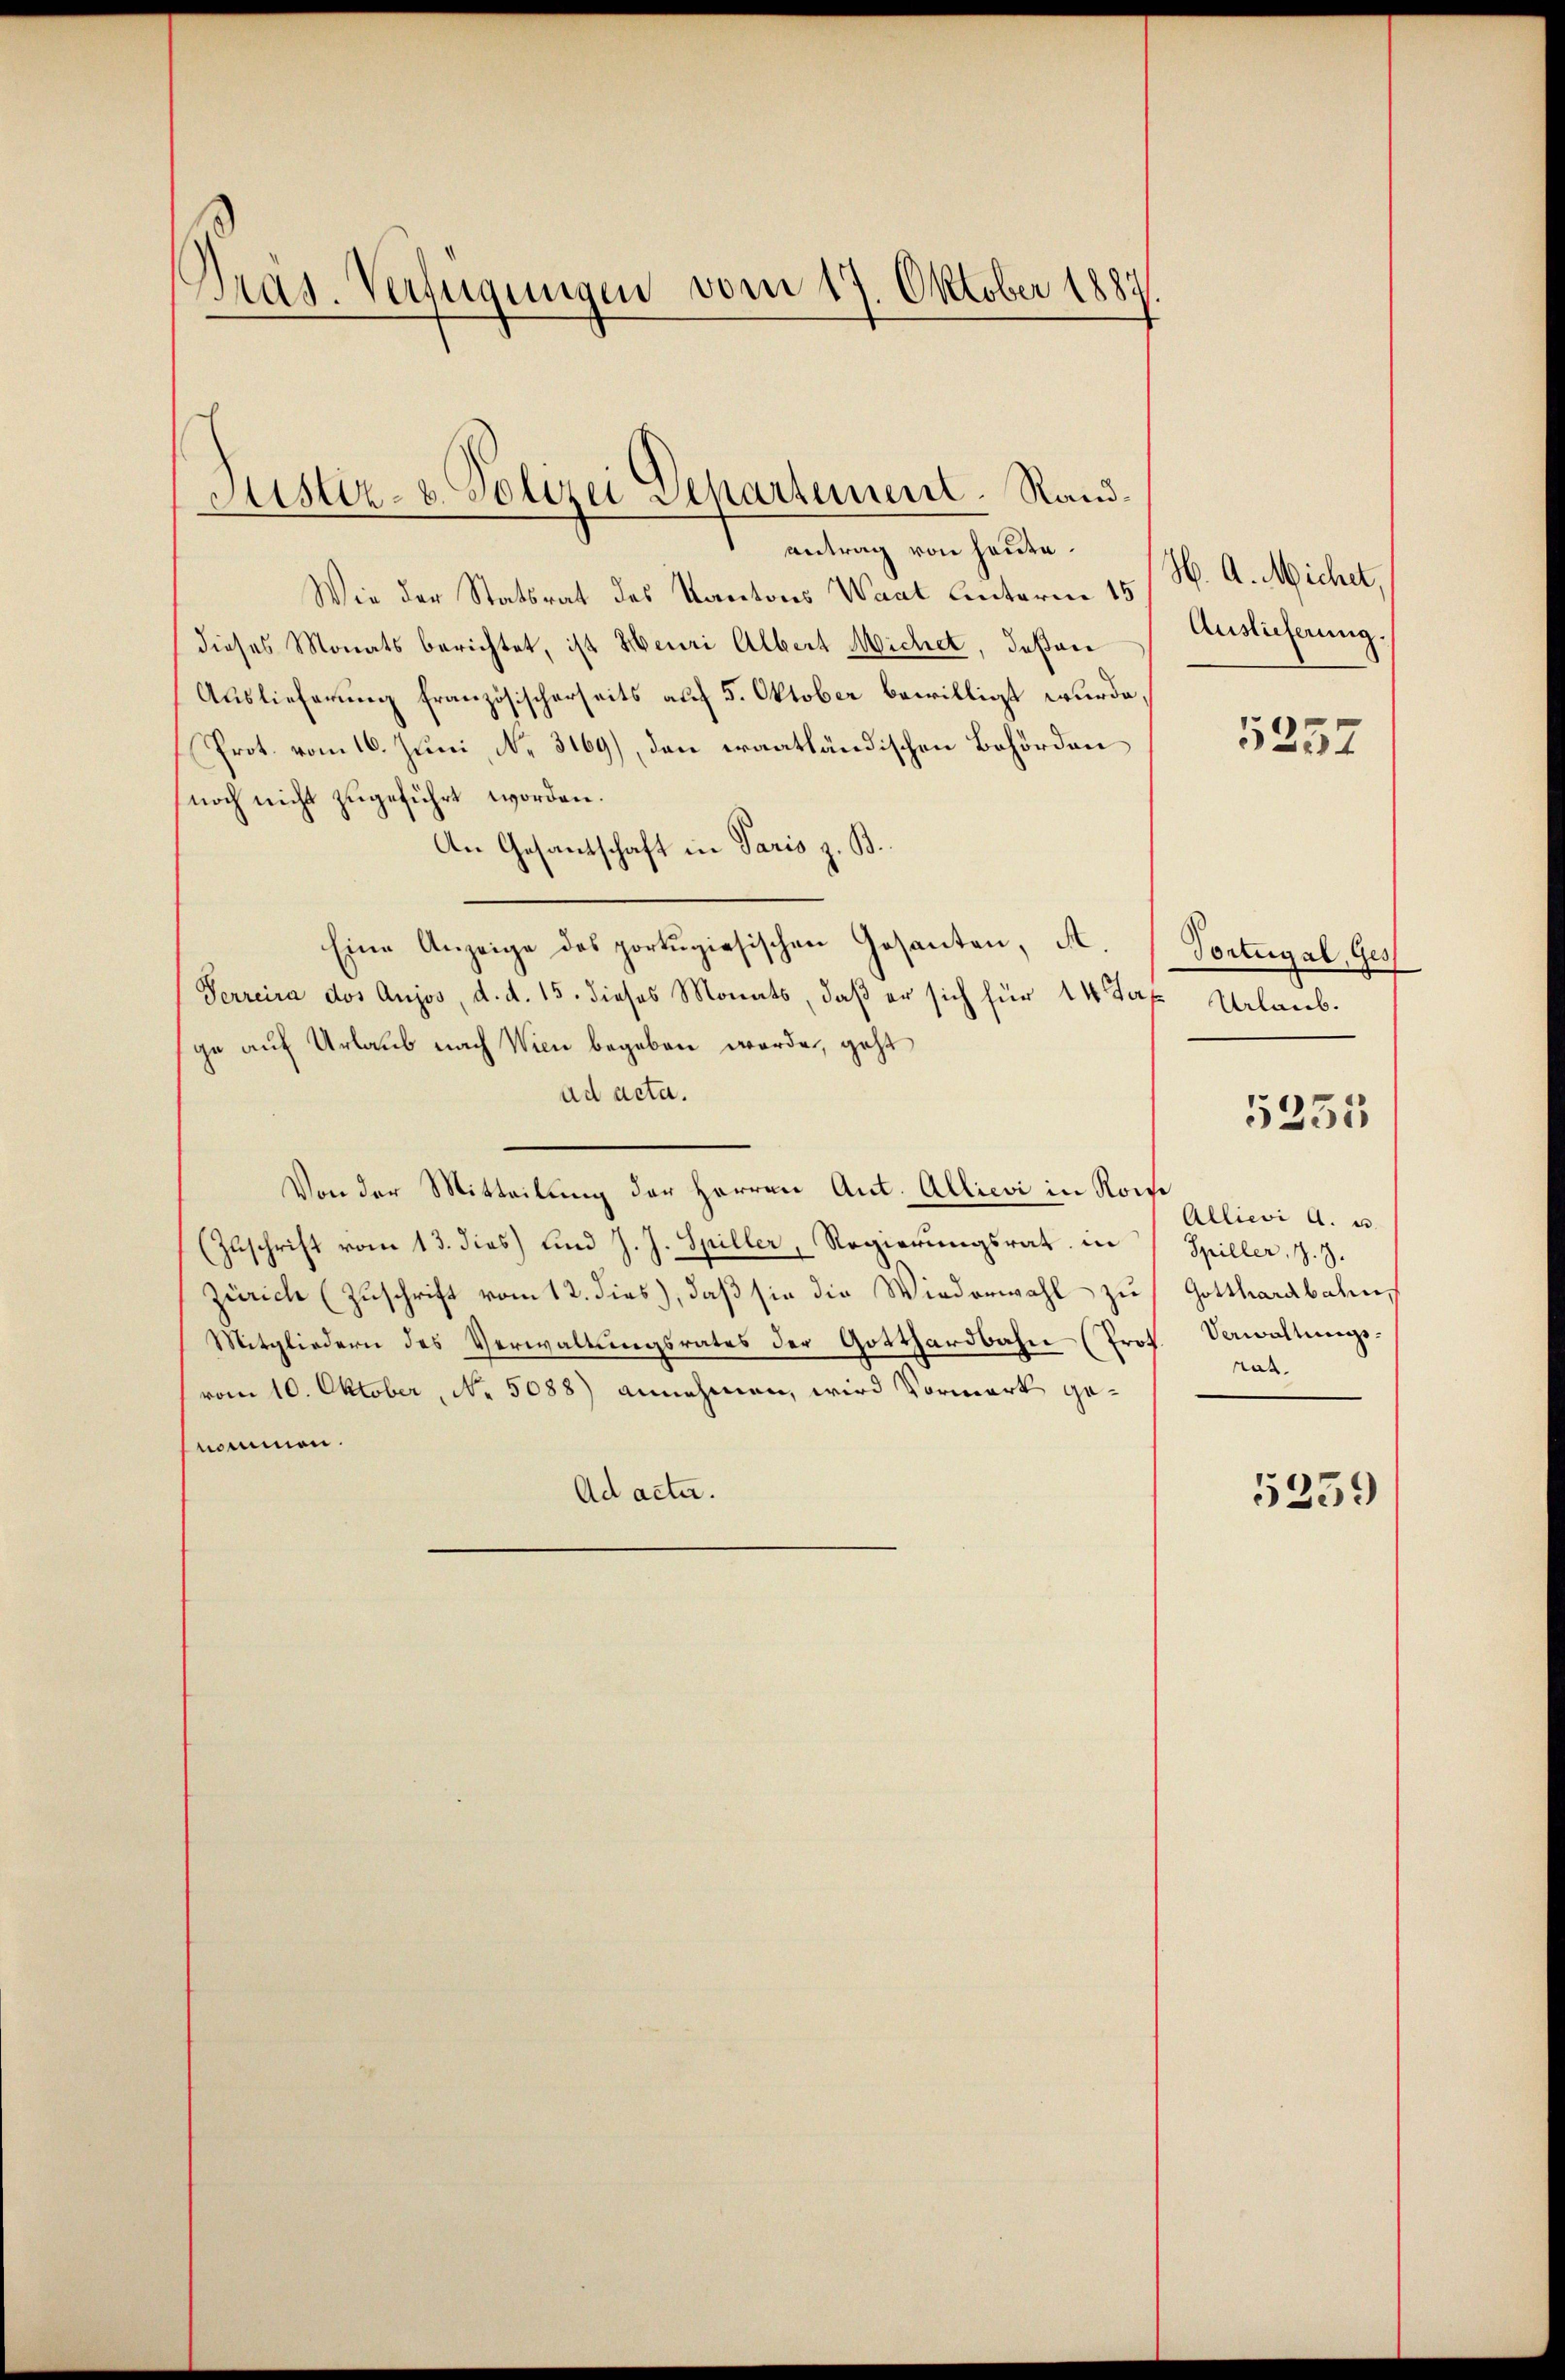
Pras. Verfügungen vom 17. Oktober 1889.

Wie der Statsrat des Kantons Waat Unterm 15.
dieses Monats berichtet, ist Heuri Albert Micher, Jasan
Auslieferung französischerseits auf 5. Oktober bewilligt wurde.
Prot. vom 16. Juni, N. 3169), den eraatländischen Behörden
noch nicht zugeführt worden.
An Gesantschaft in Paris z. B.
Eine Anzeige des portugisischen Gesanten, ist.
Serreira des Aujos, d. d. 15. dieses Monats, daß er sich für 14 das Urlaub.
ge auf Urlaub nach Wien begeben worden, geht
ad acta.
Von der Mitteilung der Herren Ant. Allievi in Konse
(Zuschrift vom 13. dies und J. J. Spiller, Regierungsrat in
Zürich (Zuschrift vom 12. dies), daß sie die Wiederwahl zu
Mitgliedern des Verwaltŭngsrates der Gotthardbahn-Prot. Verwaltŭngs-
vom 10. Oktober, No. 5088) annehmen, wird Vormerk genommen.
Ad acta.

Sistiz- u. Polizei Separtement. Rand¬
 Antrach von hatte.

H. A. Michet.
Auslieferung

5257

Portugal, Ges

5255

Allievi a. u.
Spiller, 1. 9.
Gotthardbahn
rat.

5259